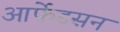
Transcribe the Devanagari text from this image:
आर्फेडसन